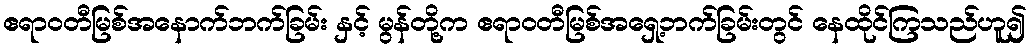
ဧရာဝတီမြစ်အနောက်ဘက်ခြမ်း နှင့် မွန်တို့က ဧရာဝတီမြစ်အရှေ့ဘက်ခြမ်းတွင် နေထိုင်ကြသည်ဟူ၍